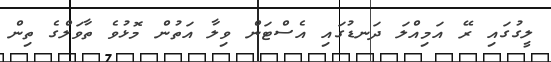
ލީގުގައި ރޭ އަމިއްލަ ދަނޑުގައި އެސްޓަން ވިލާ އަތުން މޮޅުވެ ތާވަލްގެ ތިން